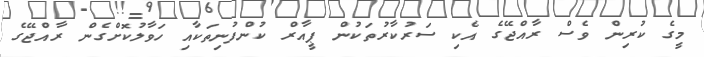
މީގެ ކުރިން ވެސް ރާއްޖޭގެ އެކި ސަރުކާރުތަކުން ޕީއާރް ކުންފުނިތަކާއި ހަވާލުކޮށްގެން ރާއްޖޭގެ